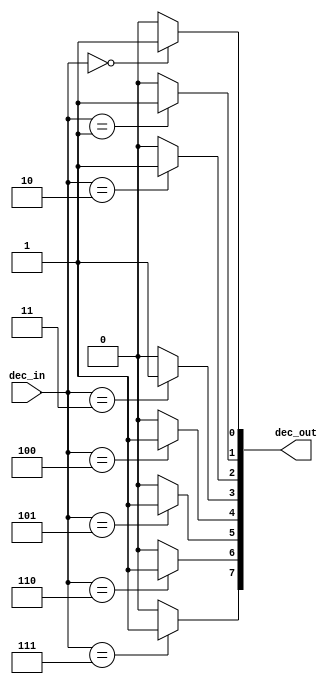
// From the book: "But How Do It Know?" pg. 102
// Written by: J. Clark Scott
//
// Verilog HDL implementation of the computer described in the book.
//
// 3 to 8 Decoder in the Control Unit
//
// * No changes required for CPU_B
// ******************************************************************************
`timescale 1ns / 1ps
module dec3x8(
	input [2:0] dec_in,			// 3-bit select
	output [7:0] dec_out		// 8 output bits
	);
	
	assign dec_out[7] = (dec_in == 3'b111) ? 1'b1 : 1'b0;
	assign dec_out[6] = (dec_in == 3'b110) ? 1'b1 : 1'b0;
	assign dec_out[5] = (dec_in == 3'b101) ? 1'b1 : 1'b0;
	assign dec_out[4] = (dec_in == 3'b100) ? 1'b1 : 1'b0;
	assign dec_out[3] = (dec_in == 3'b011) ? 1'b1 : 1'b0;
	assign dec_out[2] = (dec_in == 3'b010) ? 1'b1 : 1'b0;
	assign dec_out[1] = (dec_in == 3'b001) ? 1'b1 : 1'b0;
	assign dec_out[0] = (dec_in == 3'b000) ? 1'b1 : 1'b0;
	
endmodule